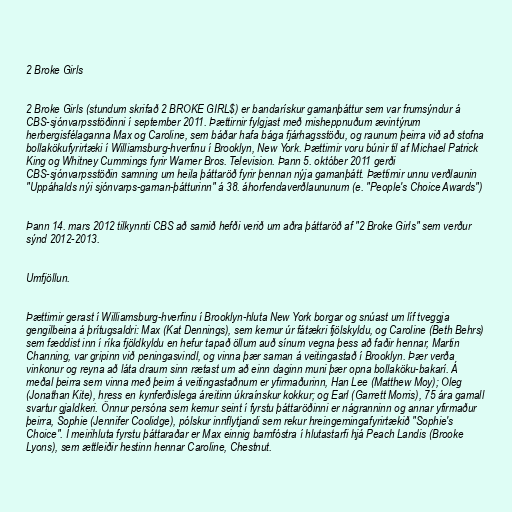
2 Broke Girls

2 Broke Girls (stundum skrifað 2 BROKE GIRL$) er bandarískur gamanþáttur sem var frumsýndur á
CBS-sjónvarpsstöðinni í september 2011. Þættirnir fylgjast með misheppnuðum ævintýrum
herbergisfélaganna Max og Caroline, sem báðar hafa bága fjárhagsstöðu, og raunum þeirra við að stofna
bollakökufyrirtæki í Williamsburg-hverfinu í Brooklyn, New York. Þættirnir voru búnir til af Michael Patrick
King og Whitney Cummings fyrir Warner Bros. Television. Þann 5. október 2011 gerði
CBS-sjónvarpsstöðin samning um heila þáttaröð fyrir þennan nýja gamanþátt. Þættirnir unnu verðlaunin
"Uppáhalds nýi sjónvarps-gaman-þátturinn" á 38. áhorfendaverðlaununum (e. "People's Choice Awards")

Þann 14. mars 2012 tilkynnti CBS að samið hefði verið um aðra þáttaröð af "2 Broke Girls" sem verður
sýnd 2012-2013.

Umfjöllun.

Þættirnir gerast í Williamsburg-hverfinu í Brooklyn-hluta New York borgar og snúast um líf tveggja
gengilbeina á þrítugsaldri: Max (Kat Dennings), sem kemur úr fátækri fjölskyldu, og Caroline (Beth Behrs)
sem fæddist inn í ríka fjöldkyldu en hefur tapað öllum auð sínum vegna þess að faðir hennar, Martin
Channing, var gripinn við peningasvindl, og vinna þær saman á veitingastað í Brooklyn. Þær verða
vinkonur og reyna að láta draum sinn rætast um að einn daginn muni þær opna bollaköku-bakarí. Á
meðal þeirra sem vinna með þeim á veitingastaðnum er yfirmaðurinn, Han Lee (Matthew Moy); Oleg
(Jonathan Kite), hress en kynferðislega áreitinn úkraínskur kokkur; og Earl (Garrett Morris), 75 ára gamall
svartur gjaldkeri. Önnur persóna sem kemur seint í fyrstu þáttaröðinni er nágranninn og annar yfirmaður
þeirra, Sophie (Jennifer Coolidge), pólskur innflytjandi sem rekur hreingerningafyrirtækið "Sophie's
Choice". Í meirihluta fyrstu þáttaraðar er Max einnig barnfóstra í hlutastarfi hjá Peach Landis (Brooke
Lyons), sem ættleiðir hestinn hennar Caroline, Chestnut.